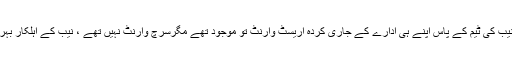
اس سے ایک روز پہلے یہ منظر تھا کہ نیب کی ٹیم کے پاس اپنے ہی ادارے کے جاری کردہ اریسٹ وارنٹ تو موجود تھے مگرسرچ وارنٹ نہیں تھے ، نیب کے اہلکار بہرصورت گھر میں داخل ہونا چاہتے تھے ۔